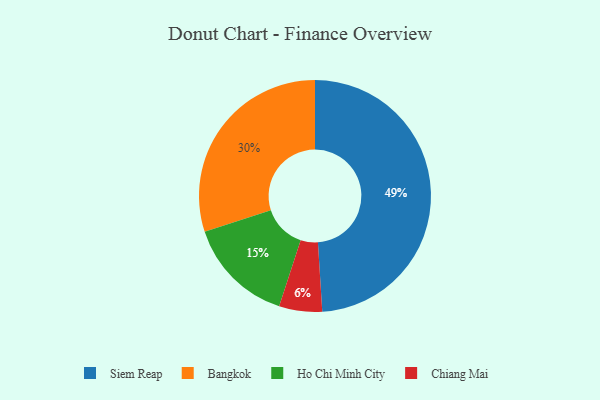
{"axis": {"x": "Category", "y": "Percentage"}, "legend": ["Bangkok", "Chiang Mai", "Ho Chi Minh City", "Siem Reap"], "data": [{"x": "Siem Reap", "y": 49, "type": "Siem Reap"}, {"x": "Ho Chi Minh City", "y": 15, "type": "Ho Chi Minh City"}, {"x": "Bangkok", "y": 30, "type": "Bangkok"}, {"x": "Chiang Mai", "y": 6, "type": "Chiang Mai"}]}